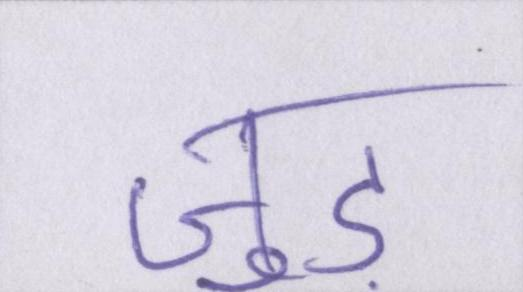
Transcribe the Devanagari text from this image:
जुड़